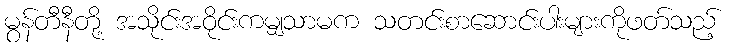
မွန်တီနီတို့ အသိုင်းအဝိုင်းကမျှသာမက သတင်းစာဆောင်းပါးများကိုဖတ်သည့်